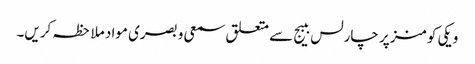
ویکی کومنز پر چارلس ببیج سے متعلق سمعی و بصری مواد ملاحظہ کریں۔